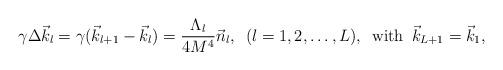
LaTeX: \begin{align*}\gamma\Delta \vec{k}_l=\gamma(\vec{k}_{l+1}-\vec{k}_l)=\frac{\Lambda_l}{4M^4}\vec{n}_l, \,\,\, (l=1,2,\dots, L), \,\,\,{\rm with}\,\,\,\vec{k}_{L+1}=\vec{k}_1,\end{align*}